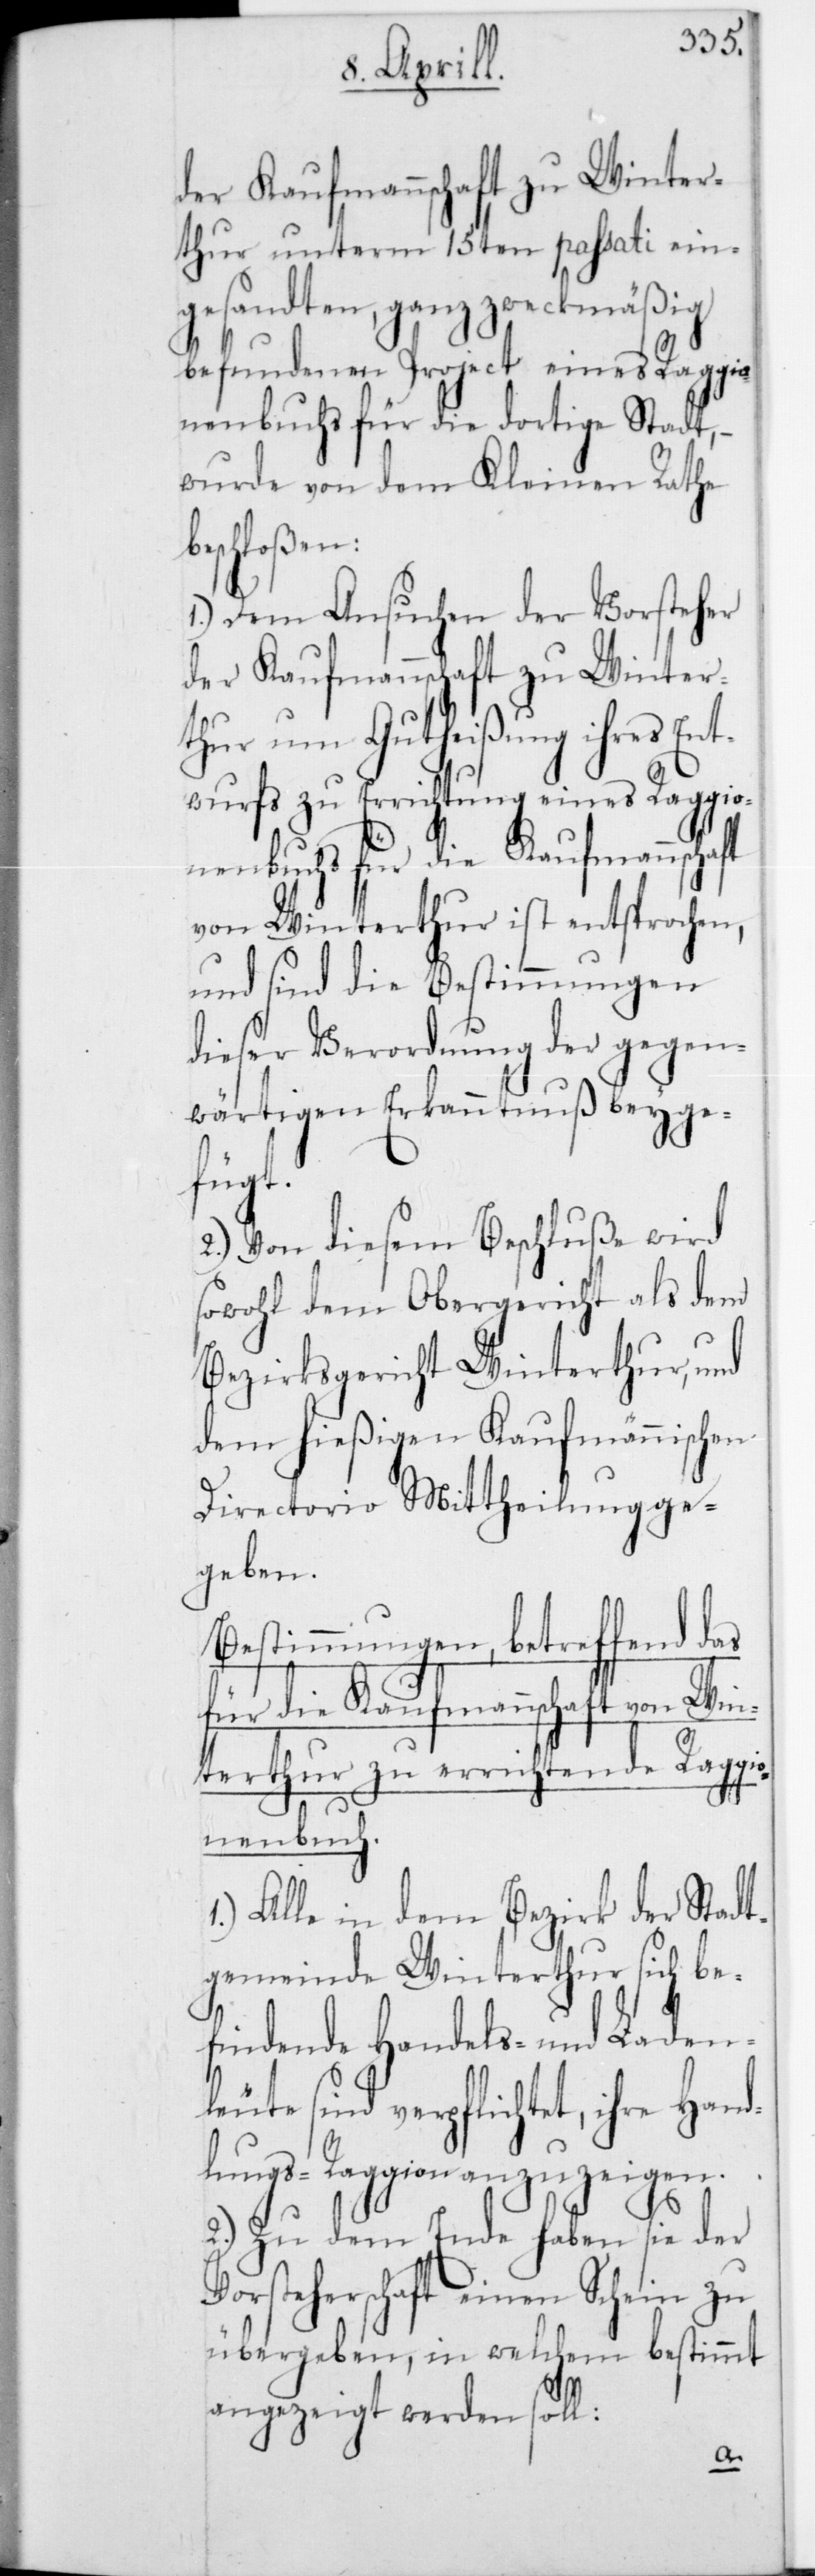
der Kaufmannschaft zu Winter¬
thur unterm 15ten passati ein¬
gesandten, ganz zweckmäßig
befundenen Project eines Raggio¬
nenbuchs für die dortige Stadt, –
wurde von dem Kleinen Rathe
beschloßen:
1.) Dem Ansuchen der Vorsteher
thur um Gutheißung ihres Ent¬
wurfs zu Errichtung eines Raggio¬
nenbuchs für die Kaufmannsc¬
von Winterthur ist entsprochen,
und sind die Bestimmungen
dieser Verordnung der gegen¬
wärtigen Erkanntnuß beyge¬
fügt.
2.) Von diesem Beschluße wird
sowohl dem Obergericht als dem
Bezirksgericht Winterthur, und
dem hießigen Kaufmännischen
Directorio Mittheilung ge¬
geben.
Bestimmungen betreffend das
für die Kaufmannschaft von Win¬
terthur zu errichtende Raggi¬
onenbuch.
1.) Alle in dem Bezirk der Stadt¬
gemeinde Winterthur sich be¬
findende Handels- und Laden¬
leute sind verpflichtet, ihre Hand¬
lungs-Raggion anzuzeigen.
2.) Zu dem Ende haben sie der
Vorsteherschaftt einen Schein zu
übergeben, in welchem bestimmt
angezeigt werden soll: